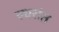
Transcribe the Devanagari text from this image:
स्थरांत